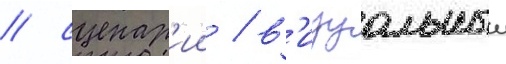
/ сценар'ии / в'изуальныи